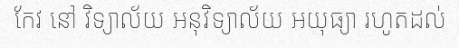
កែវ នៅ វិទ្យាល័យ អនុវិទ្យាល័យ អយុធ្យា រហូតដល់